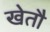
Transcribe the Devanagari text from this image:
खेतौ